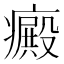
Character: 癜